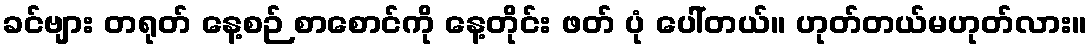
ခင်ဗျား တရုတ် နေ့စဉ် စာစောင်ကို နေ့တိုင်း ဖတ် ပုံ ပေါ်တယ်။ ဟုတ်တယ်မဟုတ်လား။